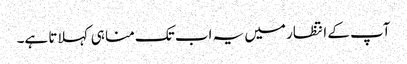
آپ کے انتظار میں یہ اب تک منا ہی کہلاتا ہے۔